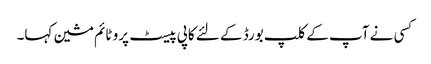
کسی نے آپ کے کلپ بورڈ کے لئے کاپی پیسٹ پرو ٹائم مشین کہا۔